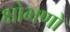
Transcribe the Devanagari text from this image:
क्षोभणो